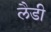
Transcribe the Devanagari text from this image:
लैडी